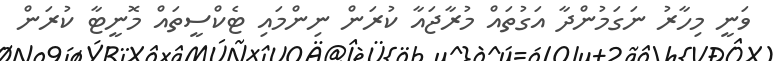
ވަނީ މިހާރު ނަގަމުންދާ އަގުތައް މުރާޖައާ ކުރަން ނިންމައި ޓެކްސީތައް މޮނީޓާ ކުރަން